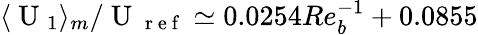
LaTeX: \langle\mathrm{~U~}_{1}\rangle_{m}/\mathrm{~U~}_{\mathrm{~r~e~f~}}\simeq 0.0254Re_{b}^{-1}+0.0855